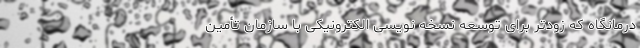
درمانگاه که زودتر برای توسعه نسخه نویسی الکترونیکی با سازمان تأمین